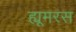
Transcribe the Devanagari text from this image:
ह्यूमरस